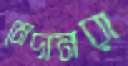
মেদামরা